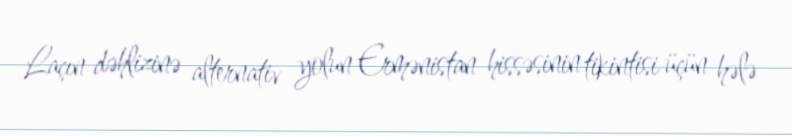
Laçın dəhlizinə alternativ yolun Ermənistan hissəsinin tikintisi üçün hələ